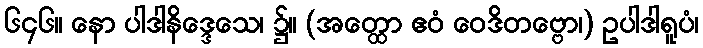
၆၄၆။ နော ပါဒါနိဒ္ဒေသေ၊ ၌။ (အတ္ထော ဧဝံ ဝေဒိတဗ္ဗော၊) ဥပါဒါရူပံ၊